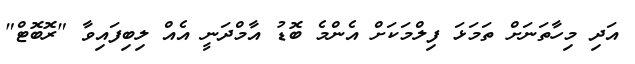
އަދި މިހާތަނަށް ތަމަޅަ ފިލްމަކަށް އެންމެ ބޮޑު އާމްދަނީ އެއް ލިބިފައިވާ "ރޮބޮޓް"